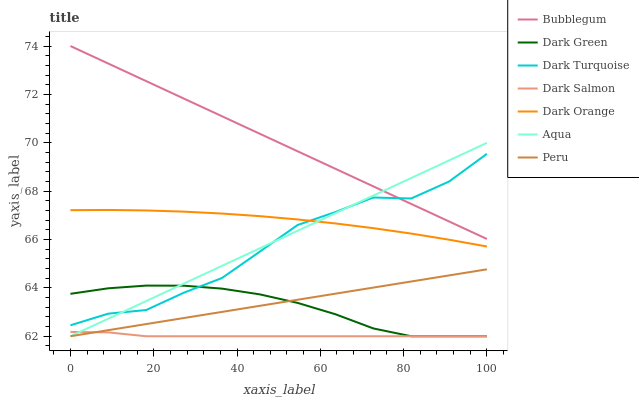
| xaxis_label | Bubblegum | Dark Green | Dark Turquoise | Dark Salmon | Dark Orange | Aqua | Peru |
 | --- | --- | --- | --- | --- | --- | --- | --- |
 | 0 | 74 | 63.8 | 62.5 | 62.2 | 67.2 | 62 | 62 |
 | 9.09 | 73.3 | 64 | 62.9 | 62.2 | 67.2 | 62.7 | 62.3 |
 | 18.2 | 72.5 | 64.1 | 63.1 | 62 | 67.2 | 63.5 | 62.5 |
 | 27.3 | 71.8 | 64.1 | 63.8 | 62 | 67.2 | 64.2 | 62.8 |
 | 36.4 | 71.1 | 64 | 64.4 | 62 | 67.1 | 64.9 | 63 |
 | 45.5 | 70.4 | 63.7 | 65.5 | 62 | 67 | 65.6 | 63.3 |
 | 54.5 | 69.6 | 63.4 | 66.6 | 62 | 66.8 | 66.4 | 63.5 |
 | 63.6 | 68.9 | 62.9 | 67.1 | 62 | 66.7 | 67.1 | 63.8 |
 | 72.7 | 68.2 | 62.3 | 67.7 | 62 | 66.5 | 67.8 | 64 |
 | 81.8 | 67.5 | 62 | 67.7 | 62 | 66.2 | 68.5 | 64.3 |
 | 90.9 | 66.7 | 62 | 68.4 | 62 | 66 | 69.3 | 64.5 |
 | 100 | 66 | 62 | 69.5 | 62 | 65.7 | 70 | 64.8 |